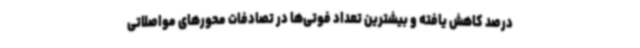
درصد کاهش یافته و بیشترین تعداد فوتی‌ها در تصادفات محورهای مواصلاتی